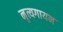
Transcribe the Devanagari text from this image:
नृत्यगायन